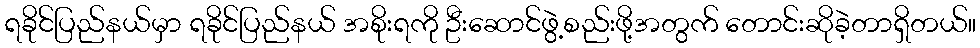
ရခိုင်ပြည်နယ်မှာ ရခိုင်ပြည်နယ် အစိုးရကို ဦးဆောင်ဖွဲ့စည်းဖို့အတွက် တောင်းဆိုခဲ့တာရှိတယ်။